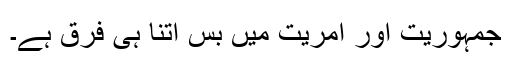
جمہوریت اور آمریت میں بس اتنا ہی فرق ہے۔